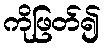
ကိုဖြတ်၍